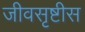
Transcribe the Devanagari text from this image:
जीवसृष्टीस